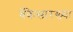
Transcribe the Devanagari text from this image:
बँकेसारख्या